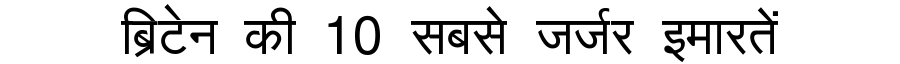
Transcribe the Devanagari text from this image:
ब्रिटेन की 10 सबसे जर्जर इमारतें